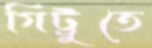
গিট্টুতে